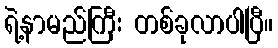
ရဲ့နာမည်ကြီး တစ်ခုလာပါပြီ။